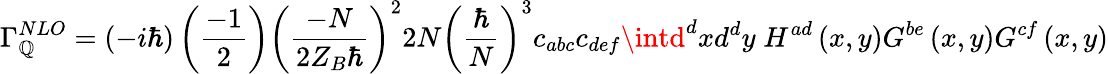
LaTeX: \Gamma_{\mathbb{Q}}^{NLO}=\left(-i\hbar\right)\left(\frac{{-1}}{{2}}\right)\left(\frac{{-N}}{{2Z_{B}\hbar}}\right)^{2}2N\left(\frac{{\hbar}}{{N}}\right)^{3}c_{abc}c_{def}\intd^{d}xd^{d}y\; H^{ad}\left(x,y\right)G^{be}\left(x,y\right)G^{cf}\left(x,y\right)